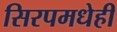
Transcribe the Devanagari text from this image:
सिरपमधेही